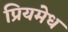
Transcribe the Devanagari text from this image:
प्रियमेध